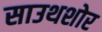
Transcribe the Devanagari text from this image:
साउथशोर